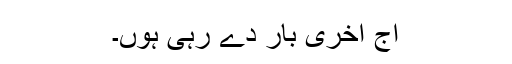
آج آخری بار دے رہی ہوں۔